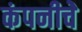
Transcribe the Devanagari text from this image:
कंपनीचेे